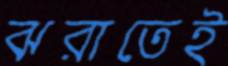
ঝরাতেই